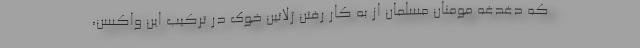
که دغدغه مومنان مسلمان از به کار رفتن ژلاتین خوک در ترکیب این واکسن،